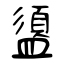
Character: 盨